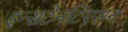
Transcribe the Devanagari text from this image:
इन्सटेनटिएशन